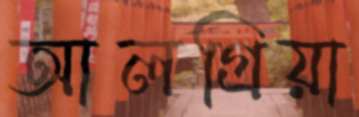
আলগ্রিয়া